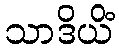
သာဒိယိံ